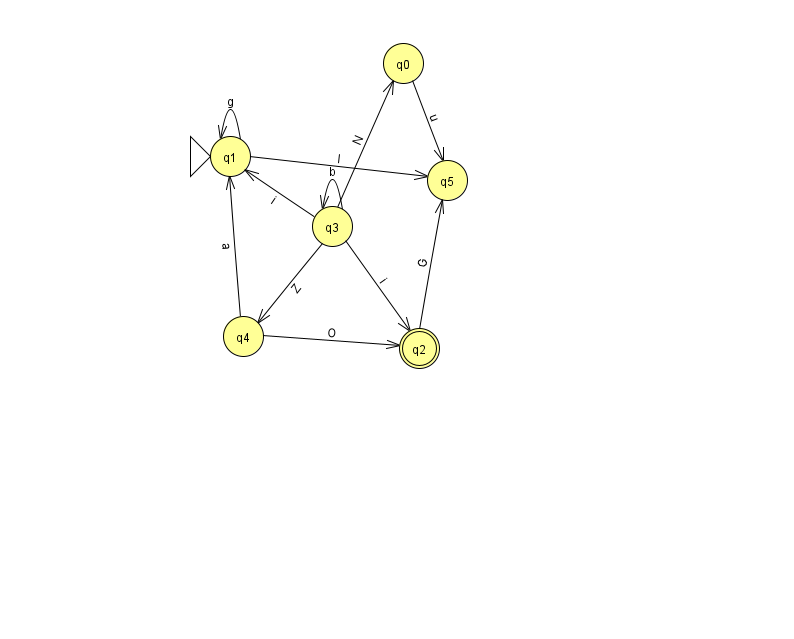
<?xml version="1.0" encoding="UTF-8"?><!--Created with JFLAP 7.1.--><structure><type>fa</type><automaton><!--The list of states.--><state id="0" name="q0"><x>403.0</x><y>50.0</y></state><state id="1" name="q1"><x>230.0</x><y>143.0</y><initial/></state><state id="2" name="q2"><x>419.0</x><y>335.0</y><final/></state><state id="3" name="q3"><x>332.0</x><y>213.0</y></state><state id="4" name="q4"><x>243.0</x><y>323.0</y></state><state id="5" name="q5"><x>447.0</x><y>167.0</y></state><!--The list of transitions.--><transition><from>3</from><to>2</to><read>i</read></transition><transition><from>4</from><to>1</to><read>a</read></transition><transition><from>2</from><to>5</to><read>G</read></transition><transition><from>3</from><to>3</to><read>b</read></transition><transition><from>3</from><to>1</to><read>i</read></transition><transition><from>1</from><to>1</to><read>g</read></transition><transition><from>3</from><to>4</to><read>Z</read></transition><transition><from>0</from><to>5</to><read>u</read></transition><transition><from>4</from><to>2</to><read>O</read></transition><transition><from>1</from><to>5</to><read>l</read></transition><transition><from>3</from><to>0</to><read>N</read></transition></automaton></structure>